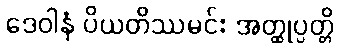
ဒေဝါနံ ပိယတိဿမင်း အတ္ထုပ္ပတ္တိ